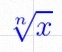
\sqrt[n]{x}